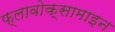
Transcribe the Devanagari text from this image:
फ्लावोक्सामाइन